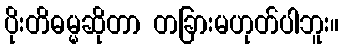
ပိုးတိဓမ္မဆိုတာ တခြားမဟုတ်ပါဘူး။